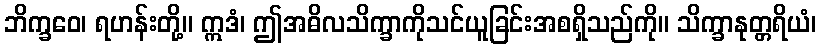
ဘိက္ခဝေ၊ ရဟန်းတို့။ ဣဒံ၊ ဤအဓိလသိက္ခာကိုသင်ယူခြင်းအစရှိသည်ကို။ သိက္ခာနုတ္တရိယံ၊